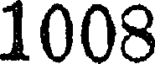
1008